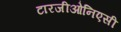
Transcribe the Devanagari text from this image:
टारजीओनिएसी